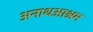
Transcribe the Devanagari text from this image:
अनाथआश्रम